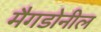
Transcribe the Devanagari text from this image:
मैगडोनील